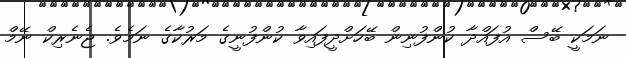
ނަމަކީ ބޭސް އުފައްދާ ކުންފުނިން ބޭހަށްދީފައިވާ ކުންފުނީގެ މަރުކާގެ ނަމެވެ. ޖެނެރިކް ނޭމް